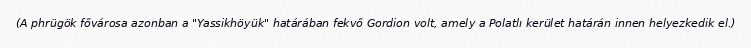
(A phrügök fővárosa azonban a "Yassikhöyük" határában fekvő Gordion volt, amely a Polatlı kerület határán innen helyezkedik el.)